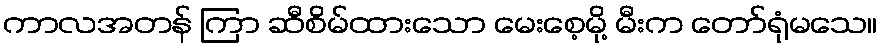
ကာလအတန် ကြာ ဆီစိမ်ထားသော မေးစေ့မို့ မီးက တော်ရုံမသေ။